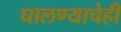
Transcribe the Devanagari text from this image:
घालण्‍याचेही